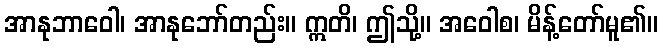
အာနုဘာဝေါ၊ အာနုဘော်တည်း။ ဣတိ၊ ဤသို့။ အဝေါစ၊ မိန့်တော်မူ၏။